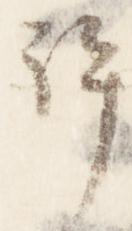
許